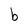
Character: b